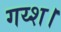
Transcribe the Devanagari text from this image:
गय्श।